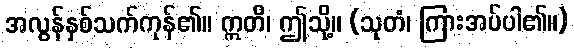
အလွန်နှစ်သက်ကုန်၏။ ဣတိ၊ ဤသို့။ (သုတံ၊ ကြားအပ်ပါ၏။)